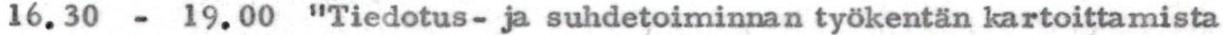
16.30 - 19.00 "Tiedotus- ja suhdetoiminnan työkentän kartoittamista